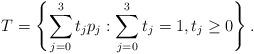
LaTeX: \begin{align*}T = \left\{ \sum_{j = 0}^3 t_j p_j : \sum_{j = 0}^3 t_j = 1, t_j \geq 0 \right\}.\end{align*}